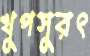
খুপসুরৎ